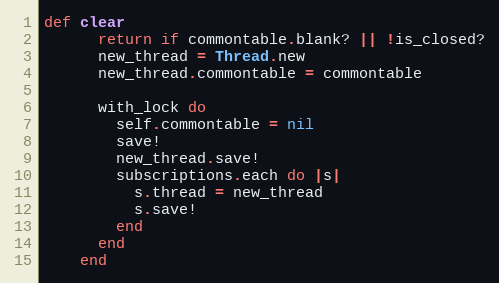
Language: Ruby
def clear
      return if commontable.blank? || !is_closed?
      new_thread = Thread.new
      new_thread.commontable = commontable

      with_lock do
        self.commontable = nil
        save!
        new_thread.save!
        subscriptions.each do |s|
          s.thread = new_thread
          s.save!
        end
      end
    end